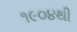
૧૯૦૪થી